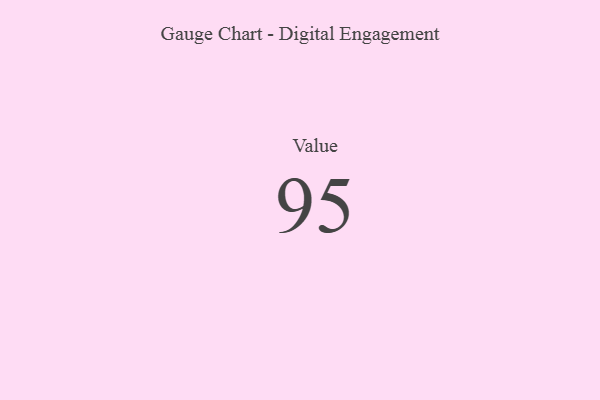
{"axis": {"x": "Metric", "y": "Value"}, "legend": [""], "data": [{"x": "Value", "y": 95, "type": ""}]}